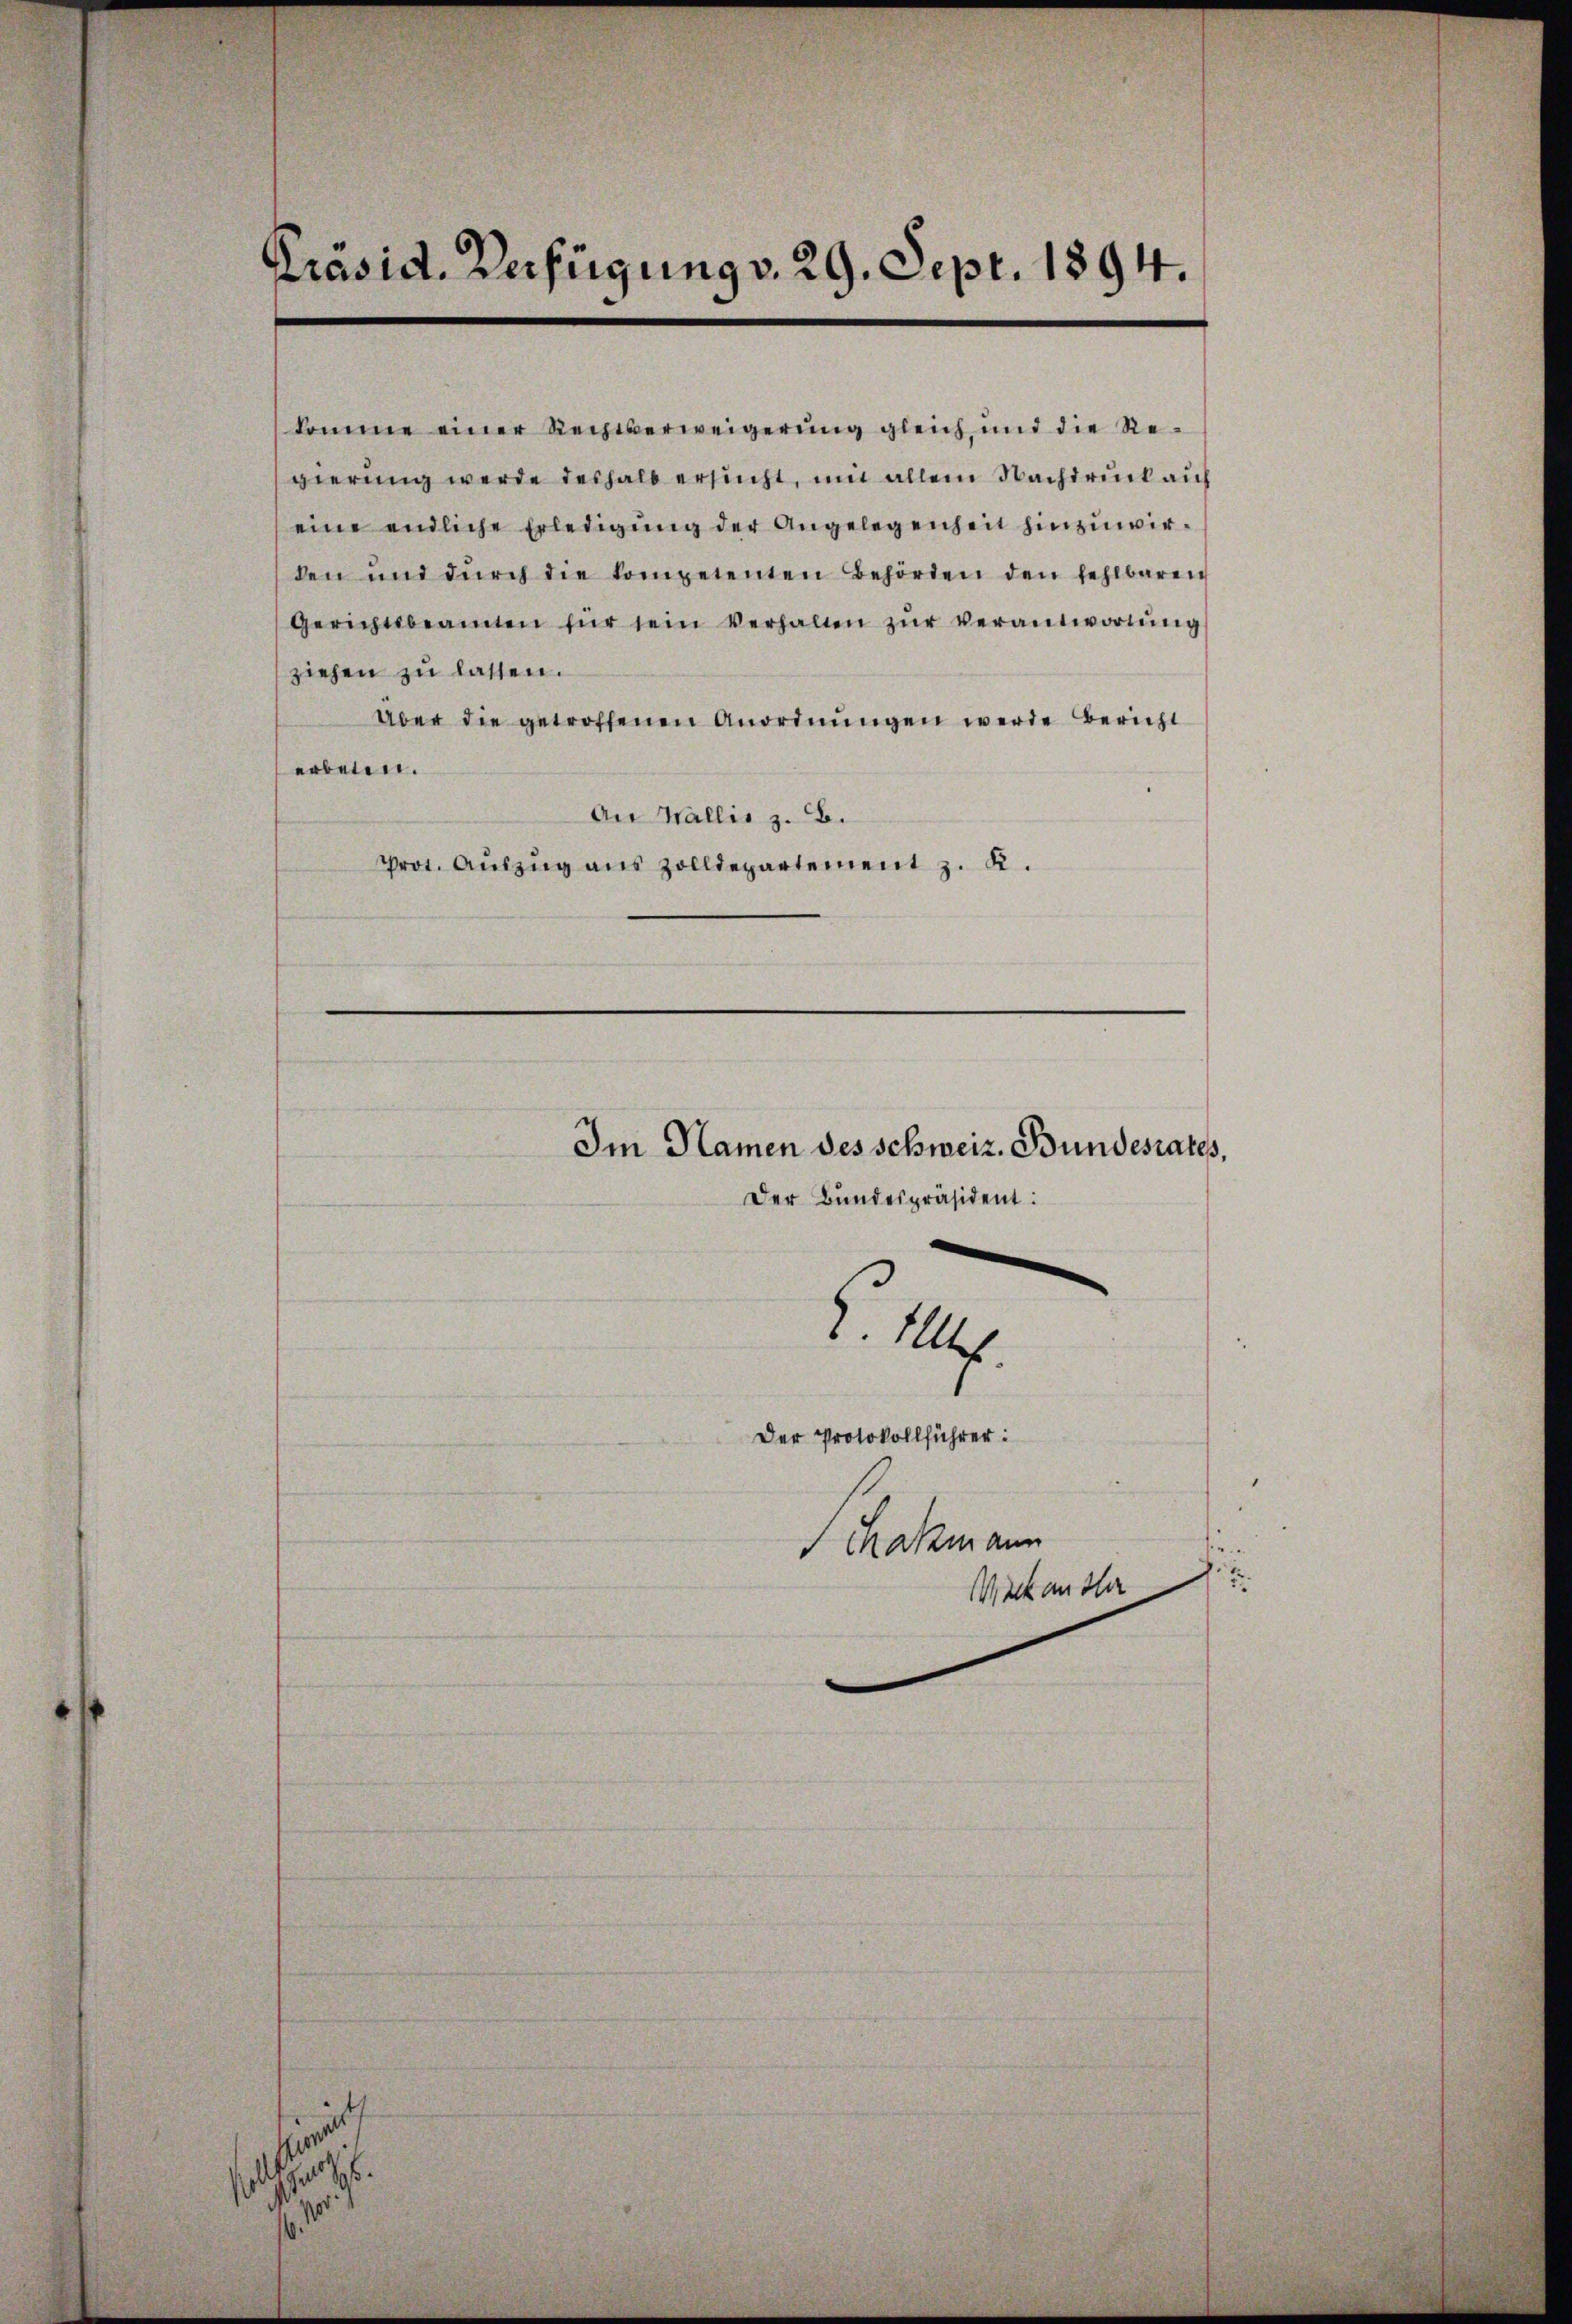
Präsid. Verfügung v. 29. Sept. 1894.

komme einer Rechtserweigerung gleich, und die Regierung werde deshalb ersucht, um allein Nachdruck auf
eine endliche Erledigung der Angelegenheit hinzuwirden und dŭrch die kompetenten Behörden den fehlbaren
Gerichtsbeamten für sein verhalten zŭr Verantwortŭng
ziehen zu lassen.
Über die getroffenen Anordnŭngen werde Bericht
erbenen.
An Wallis z. B.
Prot. Aŭszŭg aŭs Zolldepartement z. R.

u

P. M.

Im Namen des schweiz. Bundesrates,

Der Bundespräsident:

Der Protokollführer:
Schatzmann
.
Meck ansta